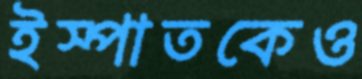
ইস্পাতকেও